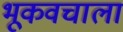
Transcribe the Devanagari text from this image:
भूकवचाला